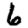
Digit: 6